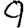
Digit: 9